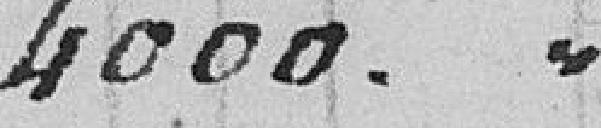
4000. "